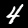
Digit: 4